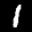
Label: 1